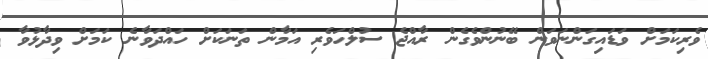
ވެރިކަމަށް ވަޑައިގަންނަވަން ބޭނުންވެގެން ރާއްޖެ ސުލްހަވެރި އަމާން ތަނަކަށް ހައްދަވާނެ ކަމަށް ވިދާޅުވާ